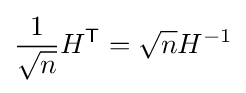
{\frac {1}{\sqrt {n}}}H^{\textsf {T}}={\sqrt {n}}H^{-1}